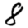
Digit: 8